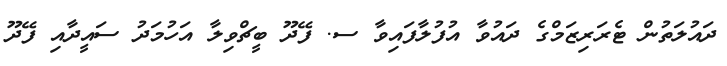
ދައުލަތުން ޓެރަރިޒަމްގެ ދައުވާ އުފުލާފައިވާ ސ. ފޭދޫ ބީޗްވިލާ އަހުމަދު ސައީދާއި ފޭދޫ